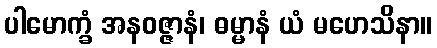
ပါမောက္ခံ အနဝဇ္ဇာနံ၊ ဓမ္မာနံ ယံ မဟေသိနာ။